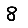
Digit: 8